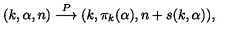
( k , \alpha , n ) \stackrel { P } { \longrightarrow } ( k , \pi _ { k } ( \alpha ) , n + s ( k , \alpha ) ) ,